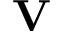
{ \mathbf V }